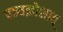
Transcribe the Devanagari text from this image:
पञ्चक्रोशात्